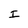
Character: I